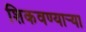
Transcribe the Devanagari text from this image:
शिकवण्यार्‍या